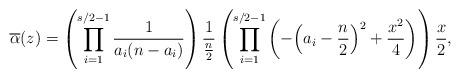
LaTeX: \begin{align*}\overline{\alpha}(z)&=\left(\prod_{i=1}^{s/2-1}\frac{1}{a_i(n-a_i)}\right)\frac{1}{\frac{n}{2}}\left(\prod_{i=1}^{s/2-1}\left(-\Big(a_i-\frac{n}{2}\Big)^2+\frac{x^2}{4}\right)\right)\frac{x}{2},\end{align*}